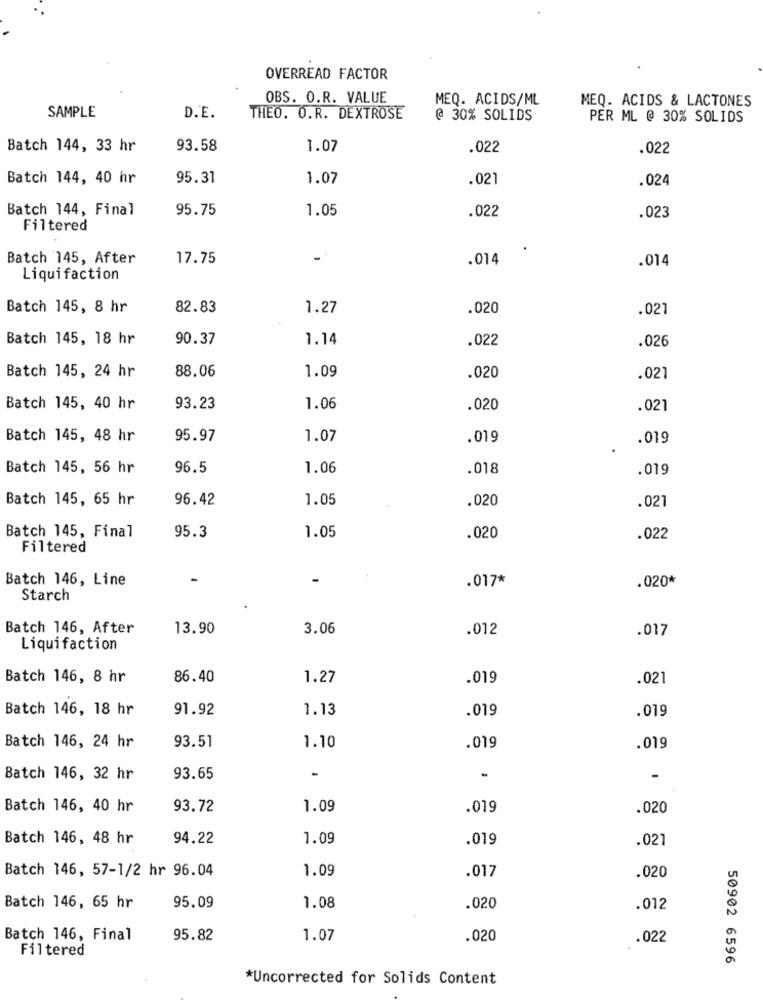
OVERREAD FACTOR
OBS. O.R. VALUE
MEQ. ACIDS/ML
MEQ. ACIDS & LACTONES
SAMPLE
D.E.
THEO. O.R. DEXTROSE
@ 30% SOLIDS
PER ML @ 30% SOLIDS
Batch 144, 33 hr
93.58
1.07
.022
.022
Batch 144, 40 hr
95.31
1.07
.021
.024
Batch 144, Final
95.75
1.05
.022
.023
Filtered
Batch 145, After
17.75
.014
.014
Liquifaction
Batch 145, 8 hr
82.83
1.27
.020
.021
Batch 145, 18 hr
90.37
1.14
.026
.022
88.06
Batch 145, 24 hr
1.09
.020
.021
Batch 145, 40 hr
93.23
1.06
.020
.021
Batch 145, 48 hr
95.97
1.07
.019
.019
Batch 145, 56 hr
96.5
1.06
.018
.019
Batch 145, 65 hr
96.42
1.05
.020
.021
95.3
Batch 145, Final
1.05
.020
.022
Filtered
Batch 146, Line
.017*
.020*
Starch
Batch 146, After
13.90
3.06
.012
.017
Liquifaction
Batch 146, 8 hr
86.40
1.27
.019
.021
Batch 146, 18 hr
91.92
1.13
.019
.019
93.51
Batch 146, 24 hr
1.10
.019
.019
Batch 146, 32 hr
93.65
Batch 146, 40 hr
93.72
1.09
.019
.020
Batch 146, 48 hr
94.22
1.09
.019
.021
Batch 146, 57-1/2 hr 96.04
1.09
.020
.017
Batch 146, 65 hr
95.09
1.08
.020
.012
Batch 146, Final
95.82
1.07
.020
.022
Filtered
50902 6596
*Uncorrected for Solids Content